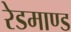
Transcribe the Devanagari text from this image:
रेडमाण्ड